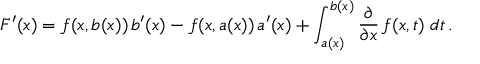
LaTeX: F ^ { \prime } ( x ) = f ( x , b ( x ) ) \, b ^ { \prime } ( x ) - f ( x , a ( x ) ) \, a ^ { \prime } ( x ) + \int _ { a ( x ) } ^ { b ( x ) } { \frac { \partial } { \partial x } } \, f ( x , t ) \; d t \, .